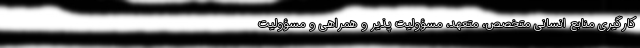
کارگیری منابع انسانی متخصص، متعهد، مسؤولیت پذیر و همراهی و مسؤولیت